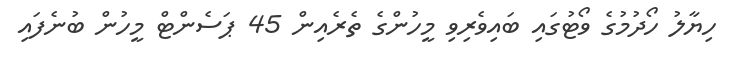
ހިޔާލު ހޯދުމުގެ ވޯޓުގައި ބައިވެރިވި މީހުންގެ ތެރެއިން 45 ޕަސެންޓް މީހުން ބުނެފައި